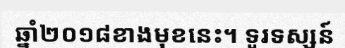
ឆ្នាំ២០១៨ខាងមុខនេះ។ ទូរទស្សន៍